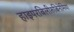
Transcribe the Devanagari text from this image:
हाइपरबिलीरुबिनेमिया